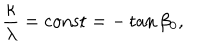
\frac { \kappa } { \lambda } = \mathrm { c o n s t } = - \tan { \beta _ { 0 } } ,